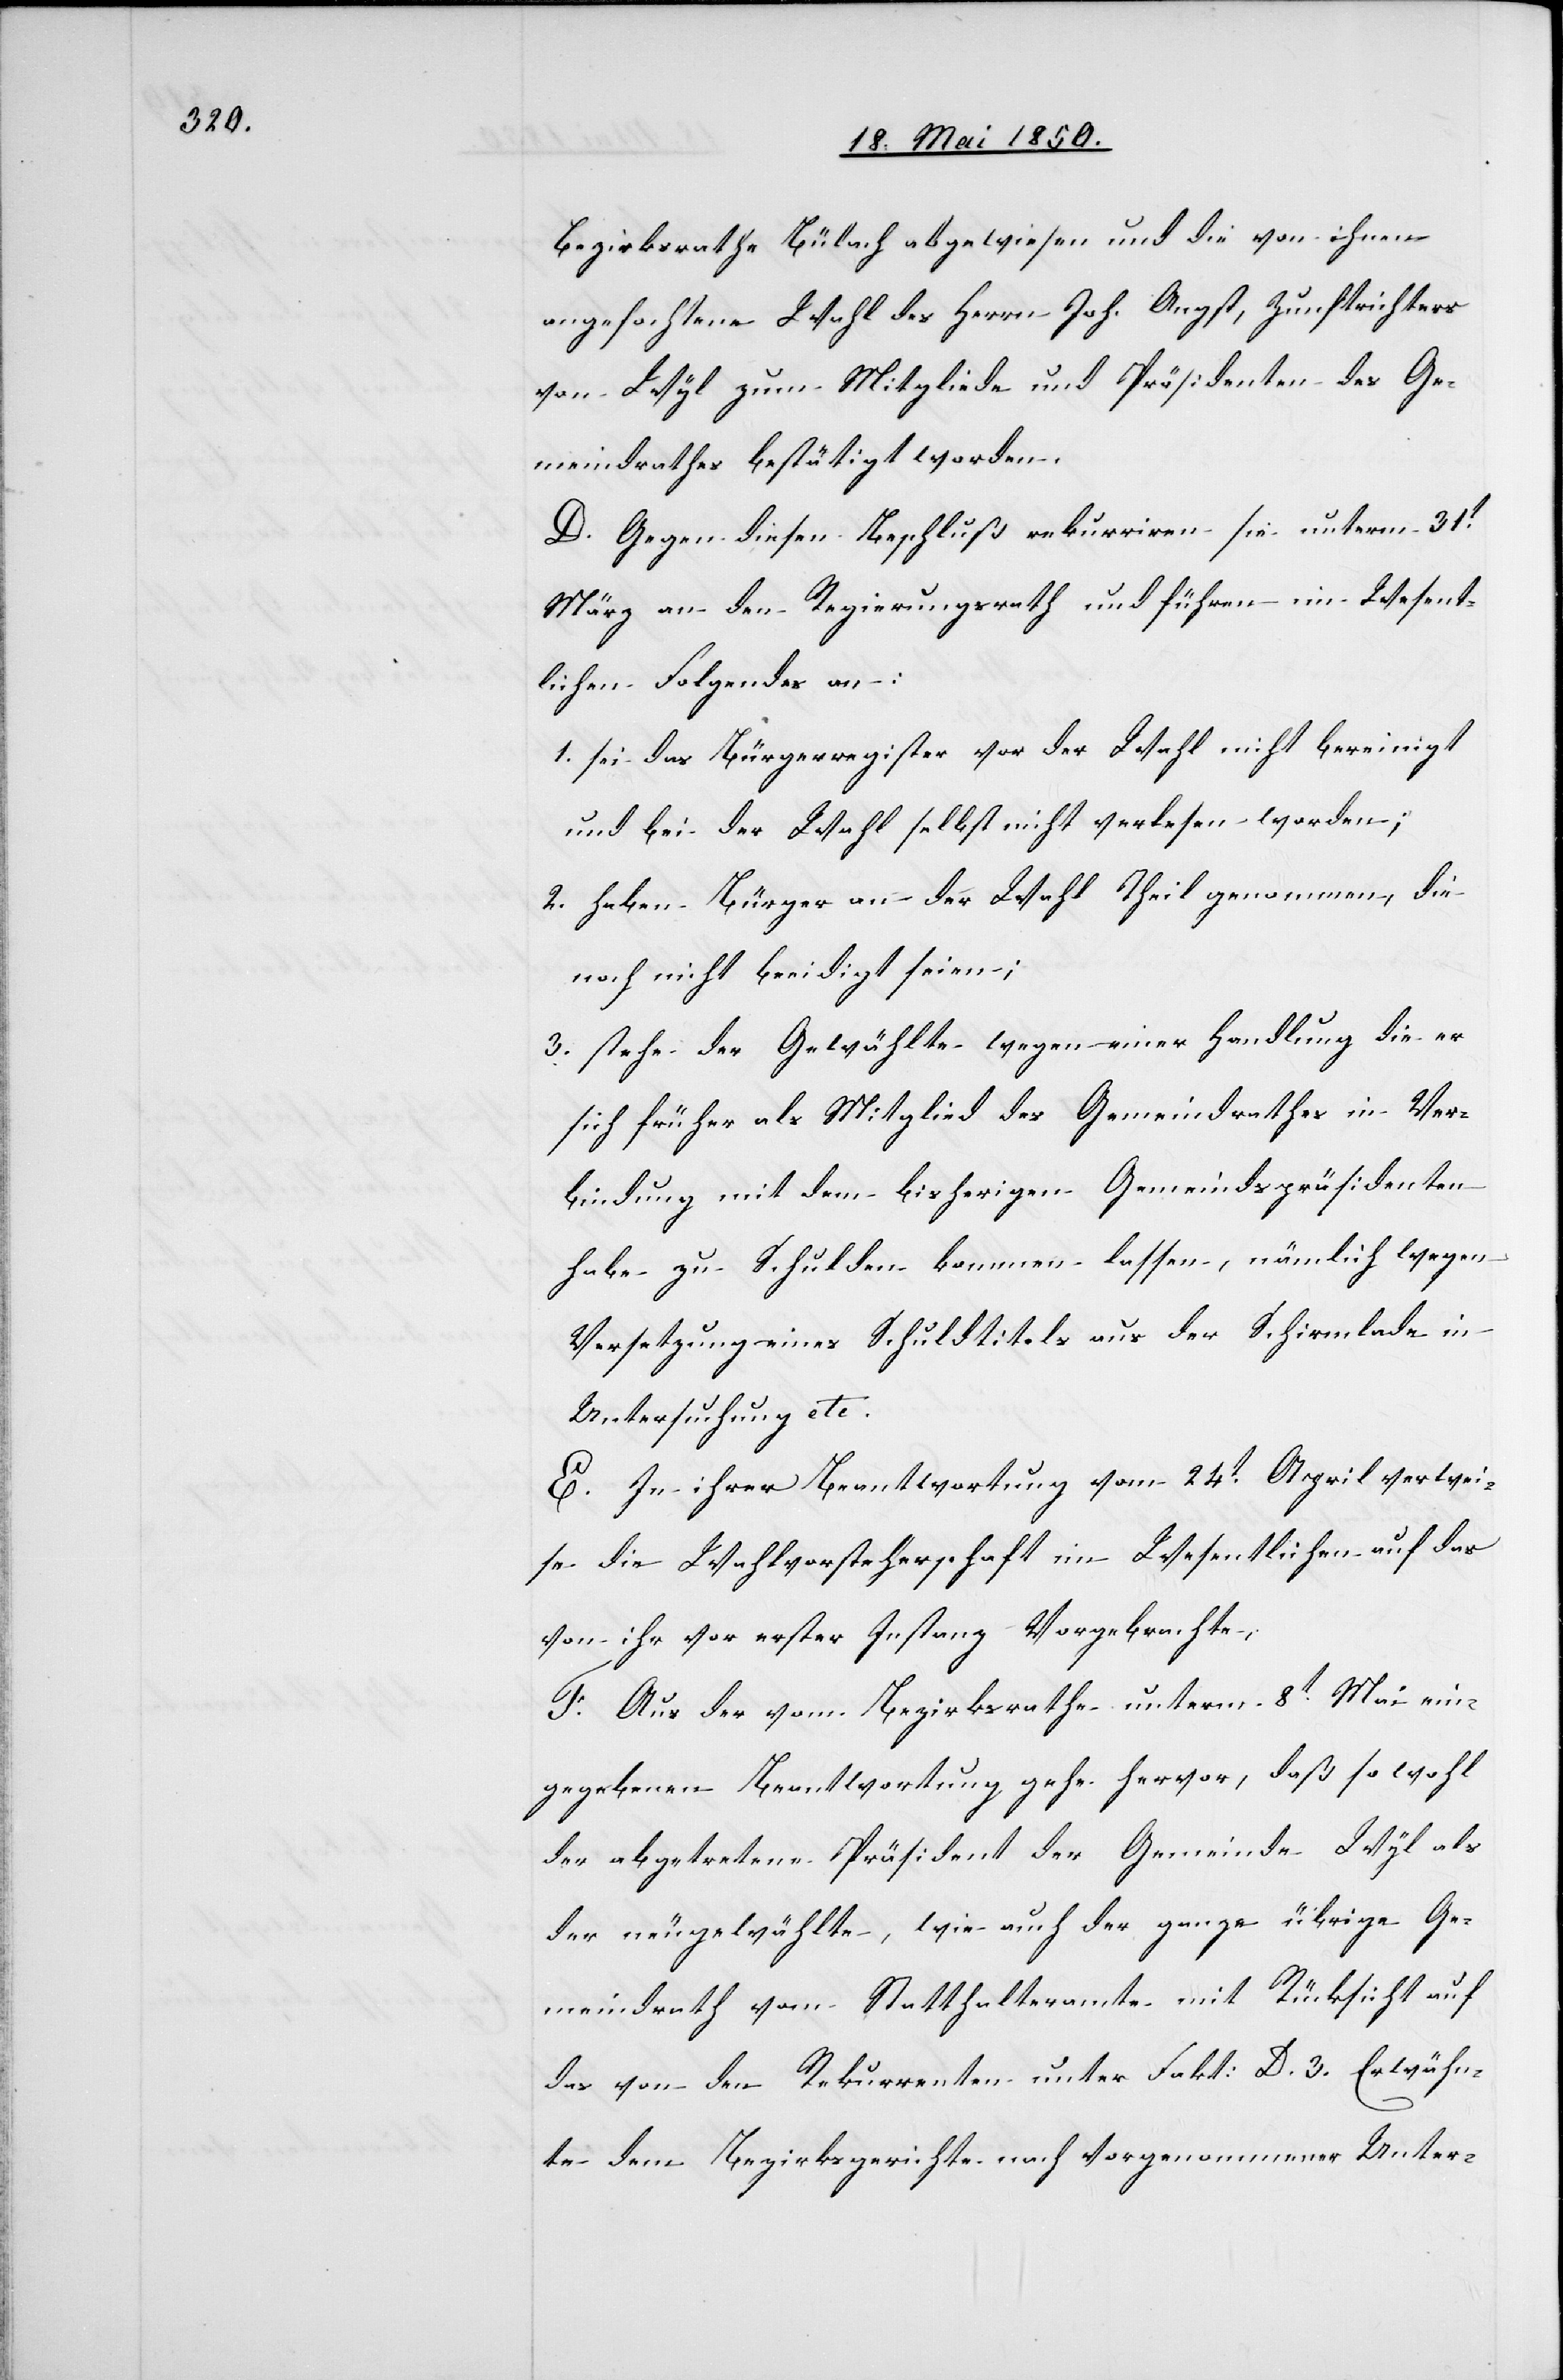
Bezirksrathe Bülach abgewiesen und die von ihnen
angefochtene Wahl des Herrn Joh. Angst, Zunftrichters
von Wyl zum Mitgliede und Präsidenten des Ge¬
meindrathes bestätigt worden.
D. Gegen diesen Beschluß rekurriren sie unterm 31t
März an den Regierungsrath und führen im Wesent¬
lichen Folgendes an:
1. sei das Bürgerregister vor der Wahl nicht bereinigt
und bei der Wahl selbst nicht verlesen worden;
2. haben Bürger an der Wahl Theil genommen, die
noch nicht beeidigt seien;
3. stehe der Gewählte wegen einer Handlung die er
sich früher als Mitglied des Gemeindrathes in Ver¬
bindung mit dem bisherigen Gemeindspräsidenten
habe zu Schulden kommen lassen, nämlich wegen
Versetzung eines Schuldtitels aus der Schirmlade in
Untersuchung etc.
E. In ihrer Beantwortung vom 24t April verwei¬
se die Wahlvorsteherschaft im Wesentlichen auf das
von ihr vor erster Instanz Vorgebrachte,
F. Aus der vom Bezirksrathe unterm 8t Mai ein¬
gegebenen Beantwortung gehe hervor, daß sowohl
der abgetretene Präsident der Gemeinde Wyl als
der neugewählte, wie auch der ganze übrige Ge¬
meindrath vom Statthalteramte mit Rücksicht auf
das von den Rekurrenten unter Fakt: D. 3. Erwähn¬
te dem Bezirksgerichte nach vorgenommener Unter-